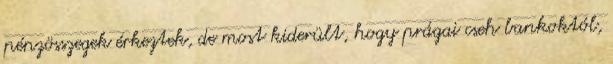
pénzösszegek érkeztek, de most kiderült, hogy prágai cseh bankoktól,